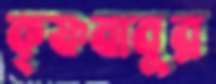
কৃষ্ণবাবুর